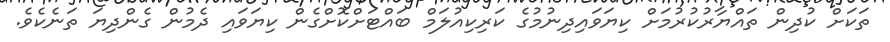
ތަކަށް ކުދިން ތައްޔާރުކުރުމަށް ކިޔަވައިދިނުމުގެ ކަރިކިއުލަމް ބައްޓަށްކޮށްގެން ކިޔަވައި ދެމުން ގެންދިޔަ ތަނެކެވެ.